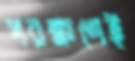
পরক্ষণেই